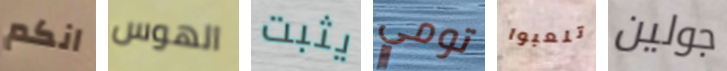
انكم الهوس يثبت تومي تلعبوا جولين